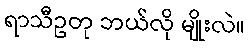
ရာသီဥတု ဘယ်လို မျိုးလဲ။